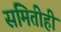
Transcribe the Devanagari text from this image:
समितीही